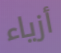
أزياء